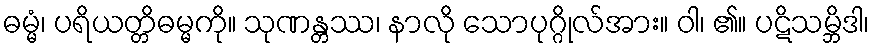
ဓမ္မံ၊ ပရိယတ္တိဓမ္မကို။ သုဏန္တဿ၊ နာလို သောပုဂ္ဂိုလ်အား။ ဝါ၊ ၏။ ပဋိသမ္ဘိဒါ၊